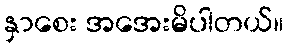
နှာစေး အအေးမိပါတယ်။